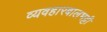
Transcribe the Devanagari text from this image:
व्यवहारबालभट्टी